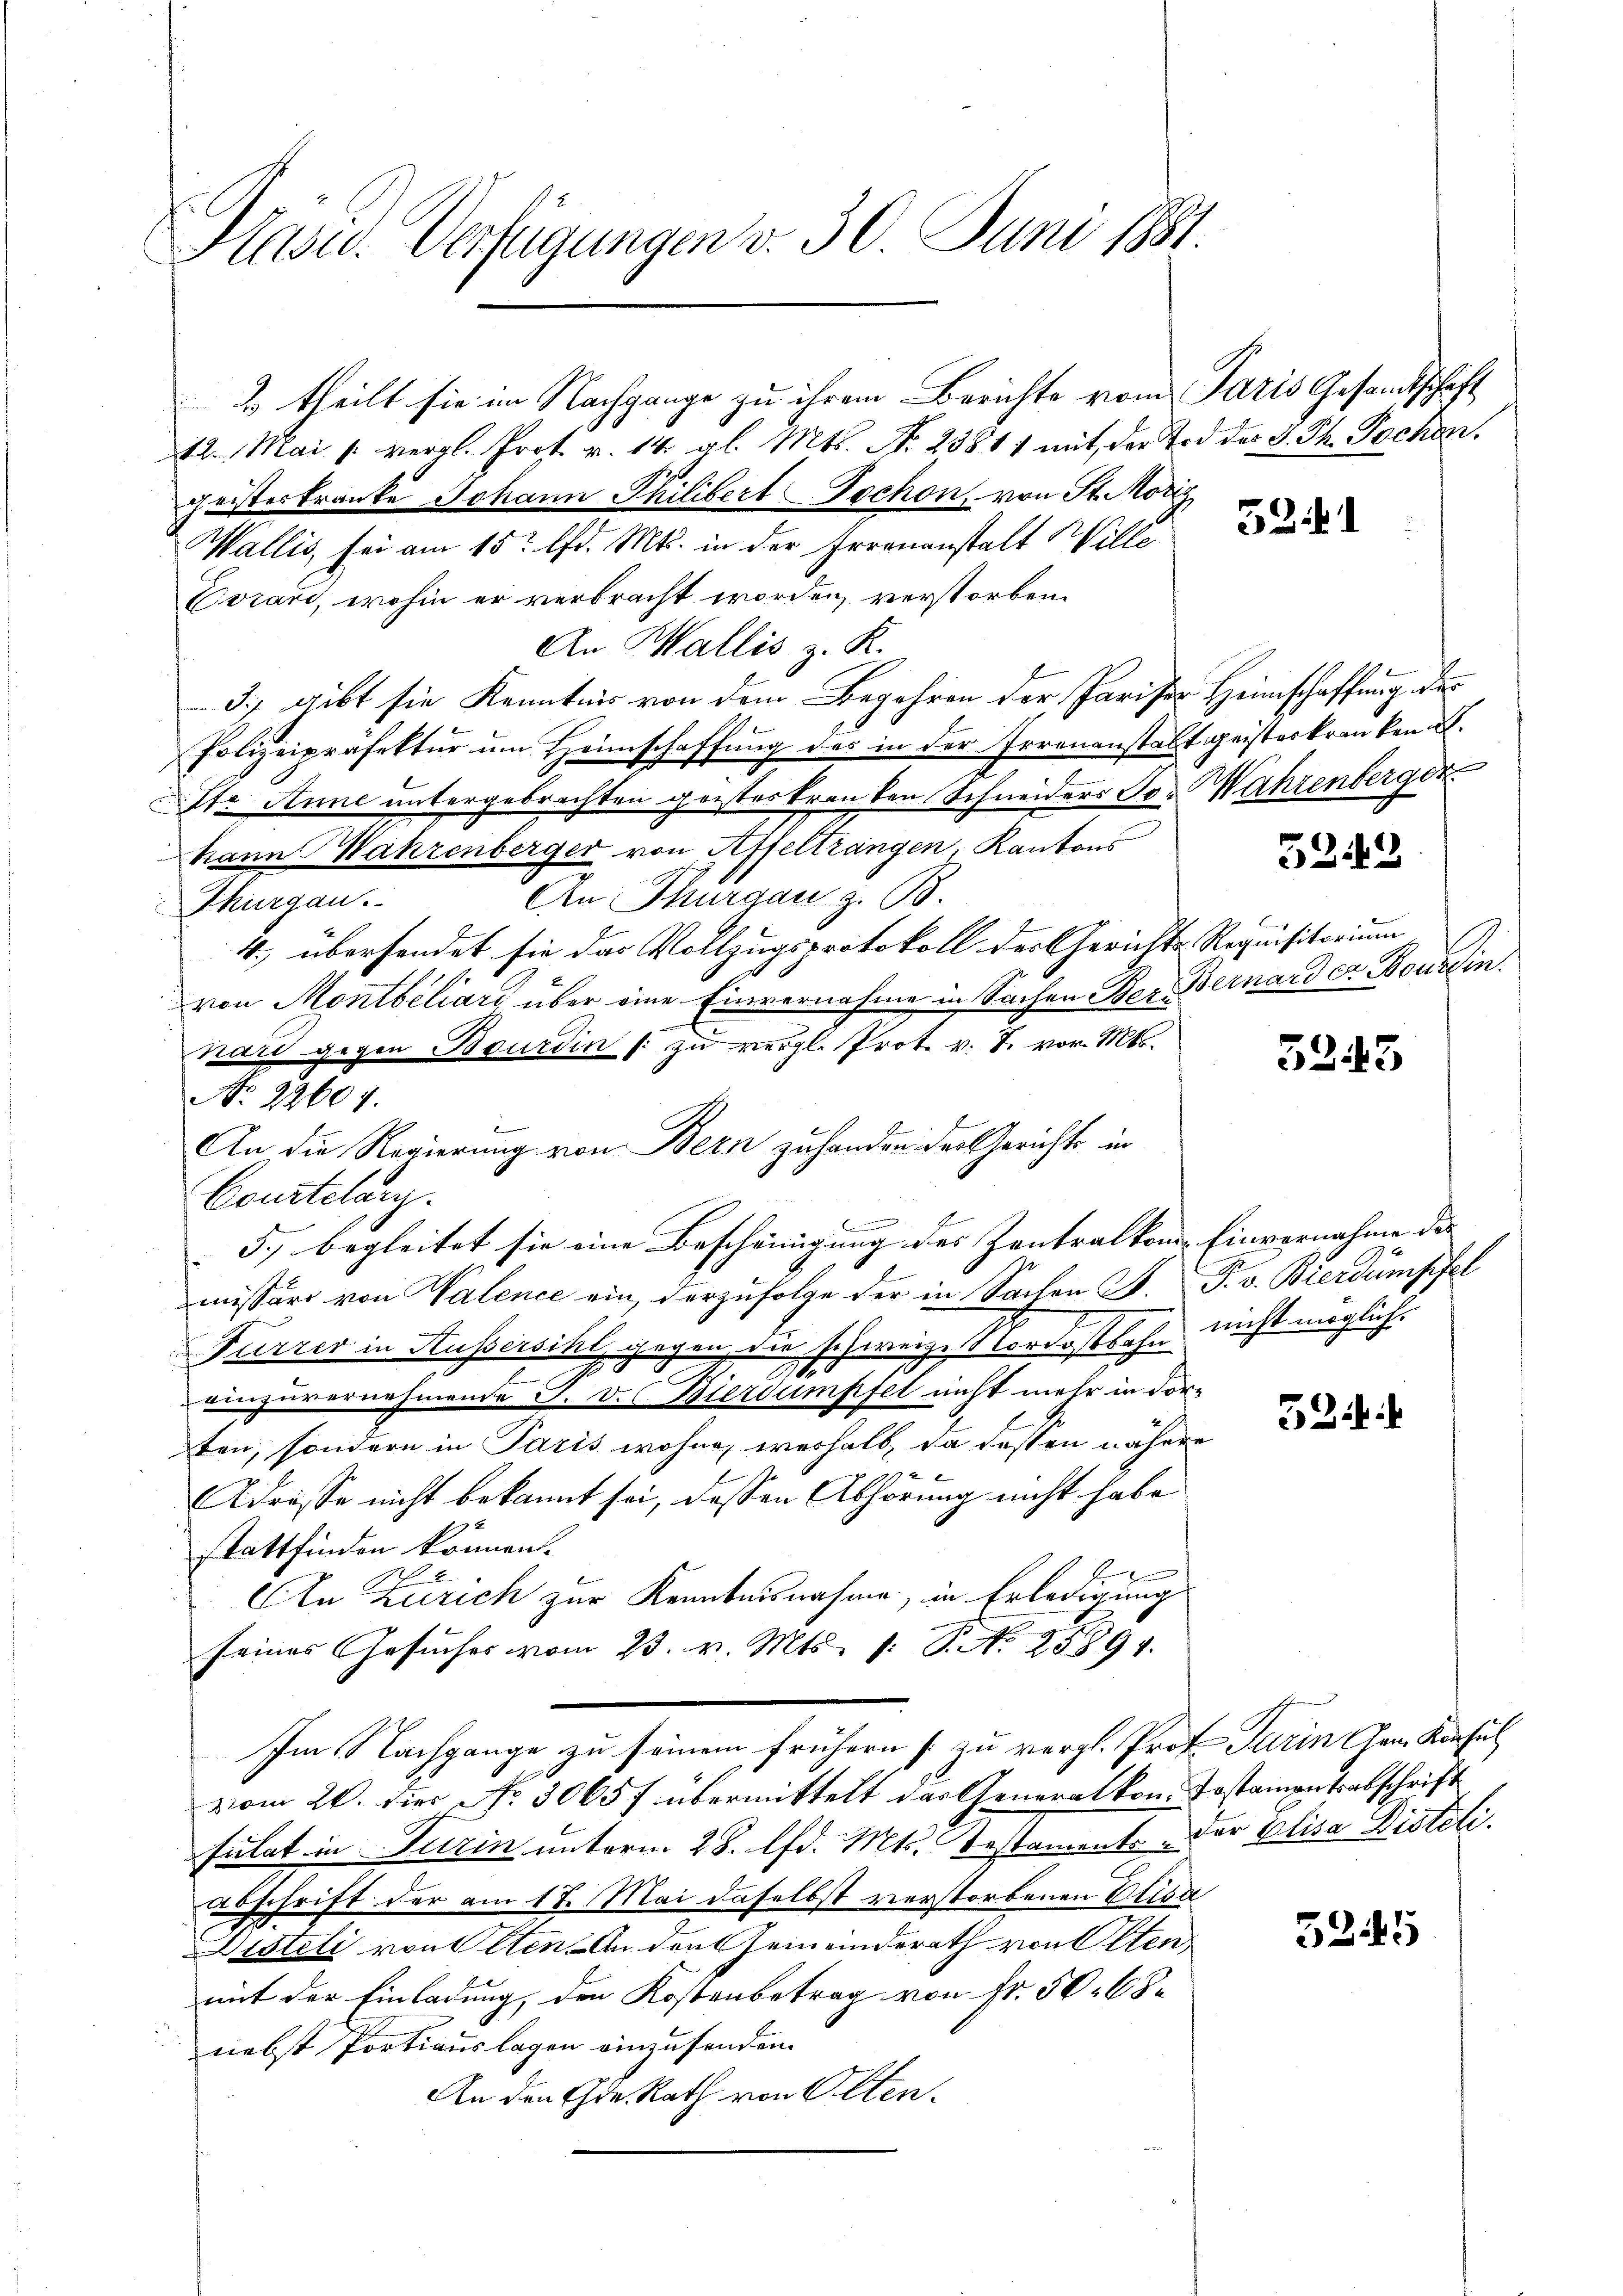
Hasu. Verfügungen v. 30. Juni 1881.

c

2 theilt sie im Nachgange zu ihrem Berichte vom Paris Gesandtschaft
22. Mai l. vergl. Prof. v. 14. gl. Mts. No. 23811 mit der Tod des J. Ph. Jochen.
geisteskranke Johann Philibert Tochon, von St. Mörig
Wallis, sei am 15t lfd. Mts. in der Irrenanstalt Wille
Evian, wohin er verbracht worden, verstorben.
An Wallis z. K.
3) gibt sie Kenntnis von dem Begehren der Pariser Heimschaffung des
Polizeipräfektur um Heimschaffung des in der Irrenanstalt geisterkranken.
Str. Anne untergebrachten geisteskranken Schneiders Tor Wahrenberger
kann Wahrenberger von Affelträngen, Kantons
An Thurgau z. B.
Thurgau.
4. übersendet sie das Vollzugsprotokoll der Gerichts-Requisitorium
ven Montbéliars über eine Einvernahme in Sachen Ber- Bernard er Donin.
hart gegen Bourdin (: zu vergl. Prot. v. J. vor. Mts.
f
Courtelang.
e
5., begleitet sie eine Bescheinigung des Zentralkon Einvernahme des |
missärs von Valence ein, derzufolge der in Sachen F. P. v. Bierdumpfel
Furrer in Hussersihl, gegen, die schweize Nordostbahn nicht möglich.
einzuvernehmende F. v. Bierdumpfel nicht mehr in dorten, sondern in Paris wohne weshalb, da dessen nähere
Adresse nicht bekannt sei, dessen Abhörung nicht habe
stattfinden können.
An Zürich zur Kenntnisnahme, in Erledigung
seines Gesŭches vom 23. v. Mts. s. S. No 25894.
Im Nachgange zu seinem frühern zu vergl. Prof. Turin Herr Konsul
vom 26. dies No. 3065f übermittelt das Generalkon. Testamentsabschrift
sulat in Turin unterm 28. lfd. Mts. Testaments der Elisa Distetiabschrift der am 17. Mai daselbst verstorbenen Elisa
Disteli von Olten. An den Gemeinderath von Olten,
mit der Einladung, den Kostenbetrag von Fr. 50. 68
nebst Portiauslagen einzusenden.
An den Gr. Rath von Olten.

No. 22604.

An die Regierung von Bern zuhanden der Gerichts in

52. 1

5242

5243

52:

5245